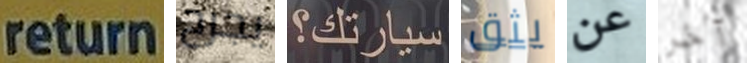
return يجرح سيارتك؟ يثق عن آخر